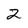
Character: 2